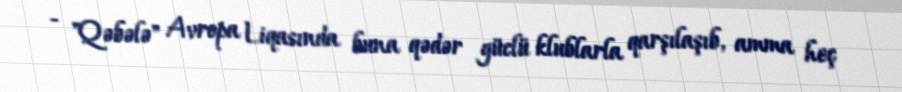
- "Qəbələ" Avropa Liqasında buna qədər güclü klublarla qarşılaşıb, amma heç